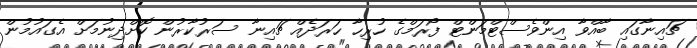
ޗައިނާގައި ބާއްވާ އިންވެސްޓްމަންޓް ފޯރަމްގެ ހުރިހާ ހަރަދެއް ޗައިނާ ސަރުކާރުން ކޮށްދިނުމަށް އެގައުމުން